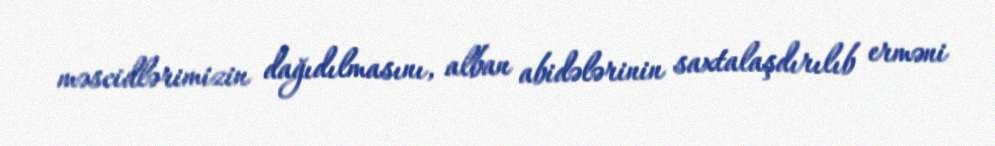
məscidlərimizin dağıdılmasını, alban abidələrinin saxtalaşdırılıb erməni